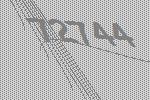
72744